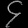
Digit: ၄